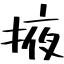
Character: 掖